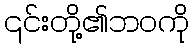
၎င်းတို့၏ဘဝကို